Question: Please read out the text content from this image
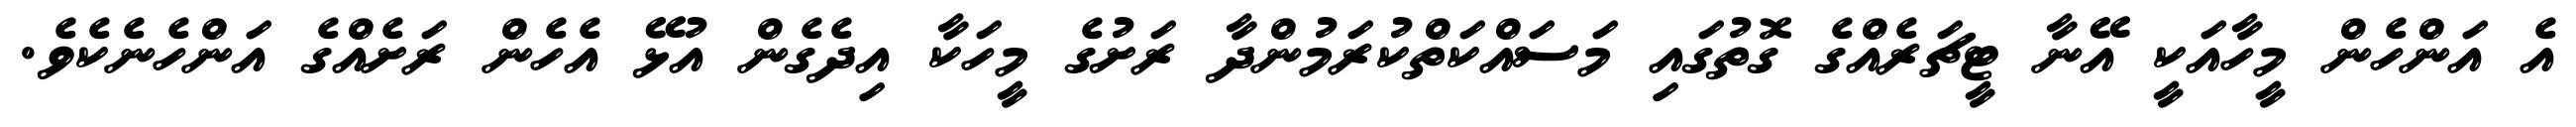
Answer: އެ އަންހެން މީހާއަކީ އޭނާ ޓީޗަރެއްގެ ގޮތުގައި މަސައްކަތްކުރަމުންދާ ރަށުގެ މީހަކާ އިދެގެން އުޅޭ އެހެން ރަށެއްގެ އަންހެނެކެވެ.